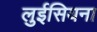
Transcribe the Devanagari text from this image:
लुईसियना